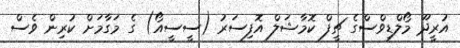
އުރީދޫ މޯލްޑިވްސްގެ ޗީފް ކޮމާޝަލް އޮފިސަރު (ސީސީއޯ) ގެ މަގާމަށް ކުރިން ވެސް